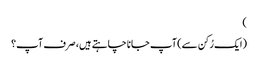
)
(ایک رُکن سے) آپ جانا چاہتے ہیں، صرف آپ؟